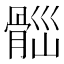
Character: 𩩀